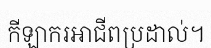
កីឡាករអាជីពប្រដាល់។